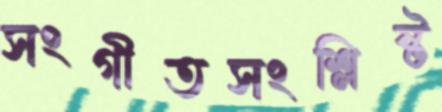
সংগীতসংশ্লিষ্ট